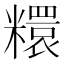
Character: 糫